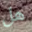
هل